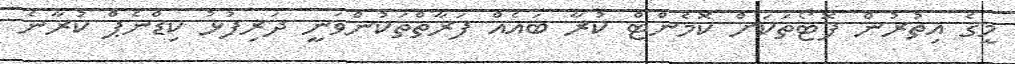
މީގެ އިތުރުން ފޮޓޯތަކަށް ކޮމެންޓް ކުރާ ބައެއް ފަރާތްތަކުންވަނީ ދަރިފުޅު ކިޑްނެޕް ކުރާނެ